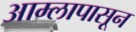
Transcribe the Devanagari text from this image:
आम्लापासून